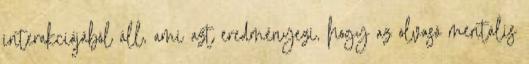
interakciójából áll, ami azt eredményezi, hogy az olvasó mentális